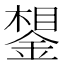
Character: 𰼽